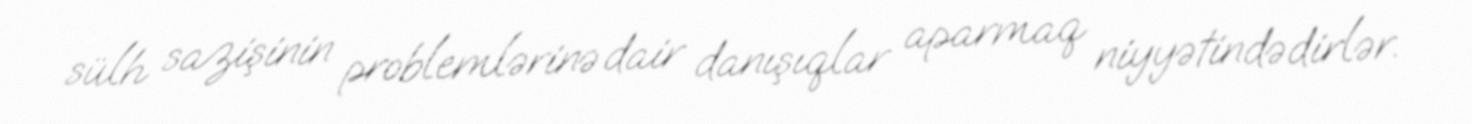
sülh sazişinin problemlərinə dair danışıqlar aparmaq niyyətindədirlər.